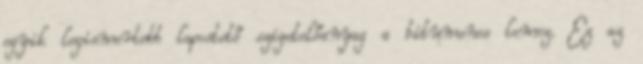
egyik legismertebb lapostető szigetelőanyag a bitumenes lemez. Ez az